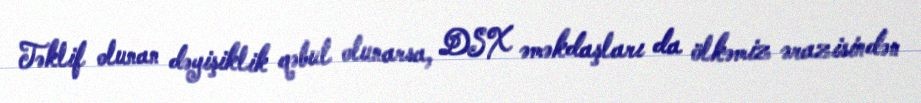
Təklif olunan dəyişiklik qəbul olunarsa, DSX əməkdaşları da ölkəmiz ərazisindən